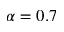
\alpha = 0 . 7